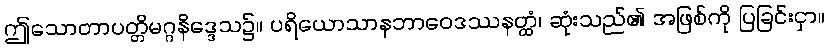
ဤသောတာပတ္တိမဂ္ဂနိဒ္ဒေသ၌။ ပရိယောသာနဘာဝေဒဿနတ္ထံ၊ ဆုံးသည်၏ အဖြစ်ကို ပြခြင်းငှာ။